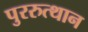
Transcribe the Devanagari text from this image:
पुररुत्थान